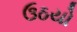
ઉઠયો